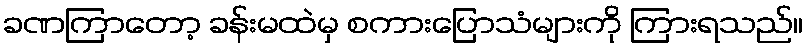
ခဏကြာတော့ ခန်းမထဲမှ စကားပြောသံများကို ကြားရသည်။